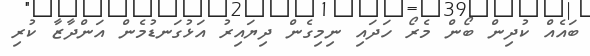
ބައެއް ކުދިން ބޯން މެރޯ ހަދައި ނިމިގެން ދިޔައިރު އަޅުގަނޑުމެން އަންދާޒާ ކުރި